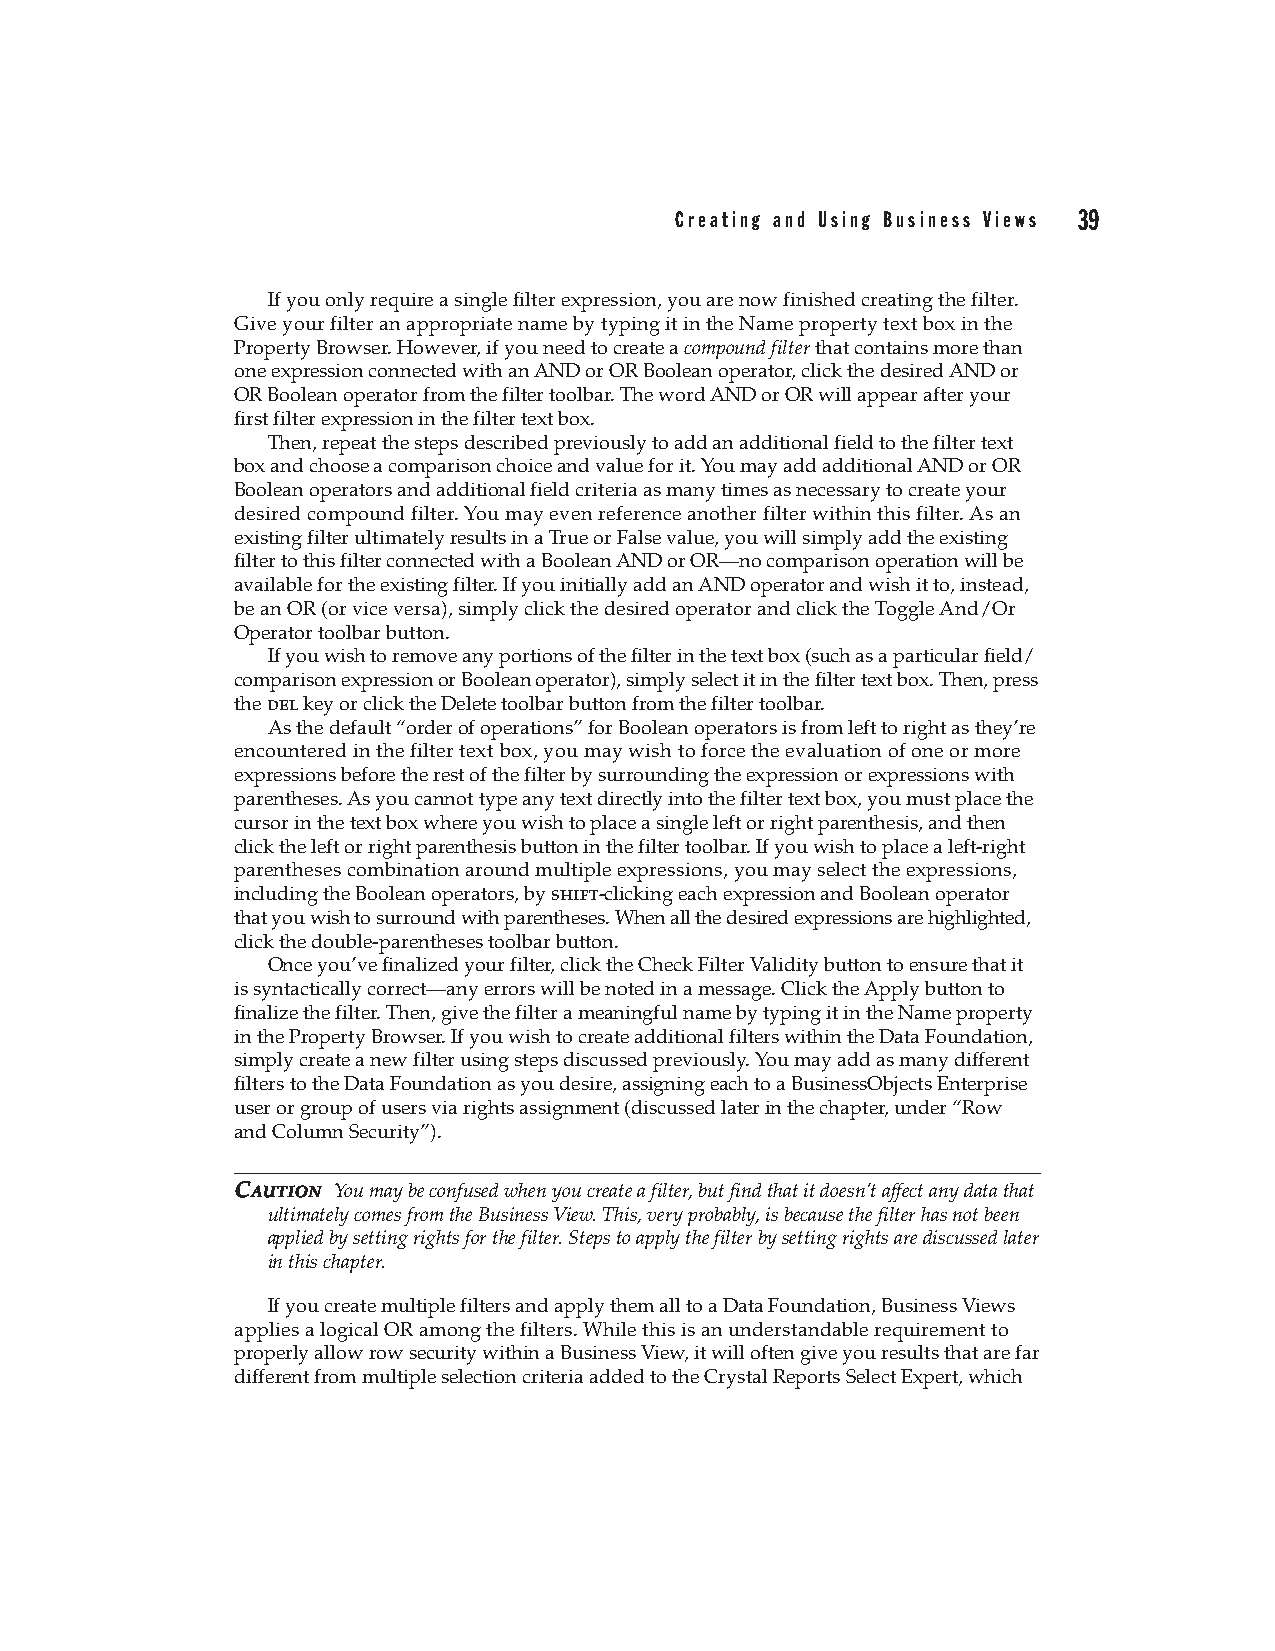
Creating and Using Business Views 39
 If you only require a single filter expression, you are now finished creating the filter.
 Give your filter an appropriate name by typing it in the Name property text box in the
 Property Browser. However, if you need to create a compound filter that contains more than
 one expression connected with an AND or OR Boolean operator, click the desired AND or
 OR Boolean operator from the filter toolbar. The word AND or OR will appear after your
 first filter expression in the filter text box.
 Then, repeat the steps described previously to add an additional field to the filter text
 box and choose a comparison choice and value for it. You may add additional AND or OR
 Boolean operators and additional field criteria as many times as necessary to create your
 desired compound filter. You may even reference another filter within this filter. As an
 existing filter ultimately results in a True or False value, you will simply add the existing
 filter to this filter connected with a Boolean AND or OR—no comparison operation will be
 available for the existing filter. If you initially add an AND operator and wish it to, instead,
 be an OR (or vice versa), simply click the desired operator and click the Toggle And/Or
 Operator toolbar button.
 If you wish to remove any portions of the filter in the text box (such as a particular field/
 comparison expression or Boolean operator), simply select it in the filter text box. Then, press
 the del key or click the Delete toolbar button from the filter toolbar.
 As the default “order of operations” for Boolean operators is from left to right as they’re
 encountered in the filter text box, you may wish to force the evaluation of one or more
 expressions before the rest of the filter by surrounding the expression or expressions with
 parentheses. As you cannot type any text directly into the filter text box, you must place the
 cursor in the text box where you wish to place a single left or right parenthesis, and then
 click the left or right parenthesis button in the filter toolbar. If you wish to place a left-right
 parentheses combination around multiple expressions, you may select the expressions,
 including the Boolean operators, by shift-clicking each expression and Boolean operator
 that you wish to surround with parentheses. When all the desired expressions are highlighted,
 click the double-parentheses toolbar button.
 Once you’ve finalized your filter, click the Check Filter Validity button to ensure that it
 is syntactically correct—any errors will be noted in a message. Click the Apply button to
 finalize the filter. Then, give the filter a meaningful name by typing it in the Name property
 in the Property Browser. If you wish to create additional filters within the Data Foundation,
 simply create a new filter using steps discussed previously. You may add as many different
 filters to the Data Foundation as you desire, assigning each to a BusinessObjects Enterprise
 user or group of users via rights assignment (discussed later in the chapter, under “Row
 and Column Security”).
 CCAAUUTTIIOONN You may be confused when you create a filter, but find that it doesn’t affect any data that
 ultimately comes from the Business View. This, very probably, is because the filter has not been
 applied by setting rights for the filter. Steps to apply the filter by setting rights are discussed later
 in this chapter.
 If you create multiple filters and apply them all to a Data Foundation, Business Views
 applies a logical OR among the filters. While this is an understandable requirement to
 properly allow row security within a Business View, it will often give you results that are far
 different from multiple selection criteria added to the Crystal Reports Select Expert, which